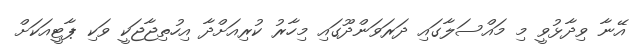
އޭނާ ވިދާޅުވީ މި މައްސަލާގައި ދަރަވަންދޫގައި މިހާރު ކުރިއަށްދާ އިހުތިޖާޖަކީ ވަކި ޕާޓީއަކަށް